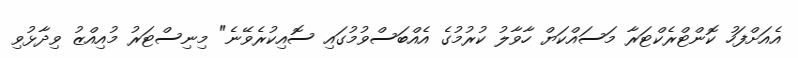
އެއަށްފަހު ކޮންޓްރެކްޓަރާ މަސައްކަޔް ހާވާލު ކުރުމުގެ އެއްބަސްވުމުގައި ސޮއިކުރެވޭނެ" މިނިސްޓަރު މުއިއްޒު ވިދާޅުވި